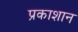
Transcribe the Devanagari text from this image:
प्रकाशान